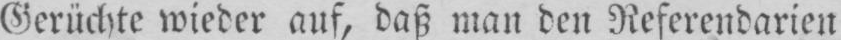
Gerüchte wieder auf, daß man den Referendarien